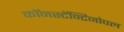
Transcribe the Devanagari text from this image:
काॅनस्टॅन्टिनोपल